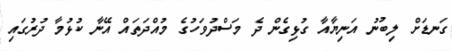
ގަނޑަށް ލިބުނު އަނިޔާއާ ގުޅިގެން ދެ މަސްދުވަހުގެ މުއްދަތައް އޭނާ ކުޅުމާ ދުރުގައި